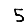
Digit: 5